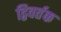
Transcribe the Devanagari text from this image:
द्विवर्तक